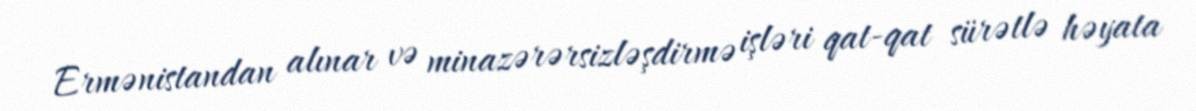
Ermənistandan alınar və minazərərsizləşdirmə işləri qat-qat sürətlə həyata